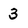
Character: 3